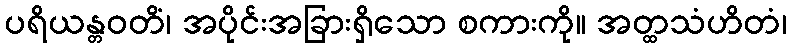
ပရိယန္တဝတိံ၊ အပိုင်းအခြားရှိသော စကားကို။ အတ္ထသံဟိတံ၊